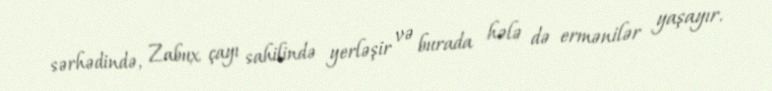
sərhədində, Zabux çayı sahilində yerləşir və burada hələ də ermənilər yaşayır.